DOW-UAP-D49, Launch Summary, Vandenberg AFB, 2000
Agency: Department of War
Incident date: 2/3/00
Page 65
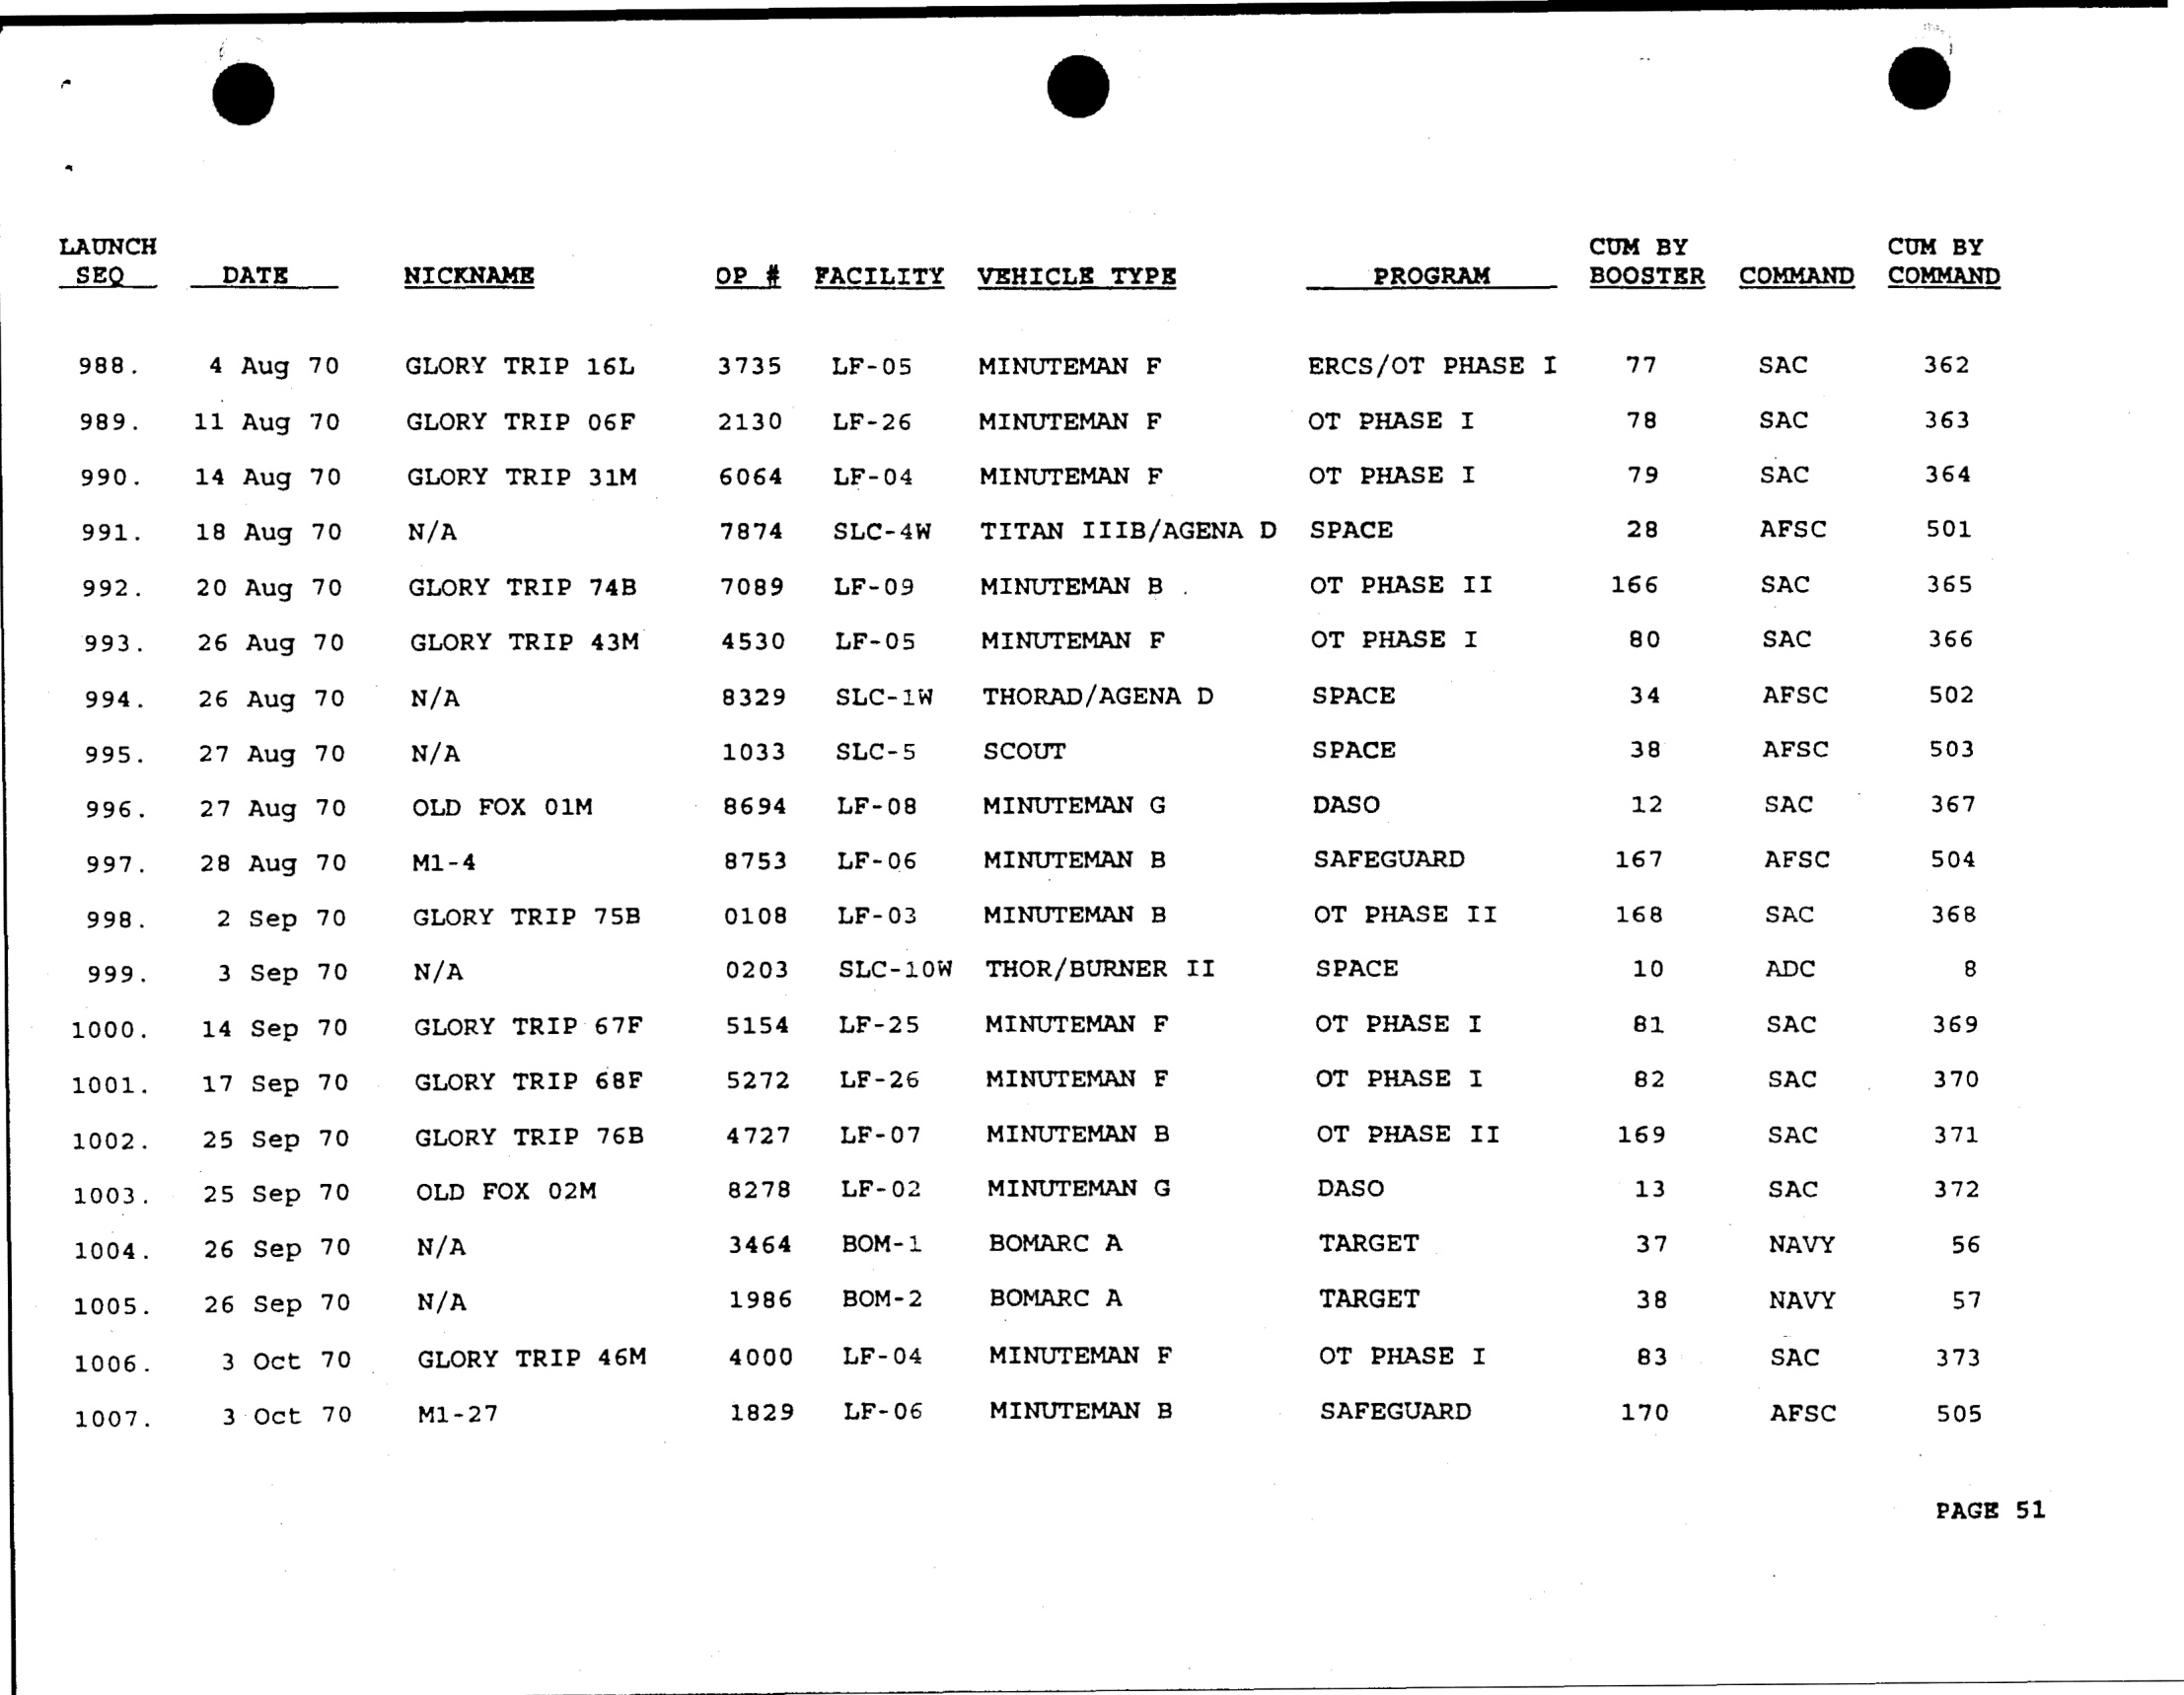